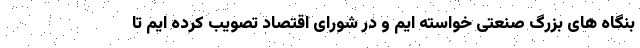
بنگاه های بزرگ صنعتی خواسته ایم و در شورای اقتصاد تصویب کرده ایم تا